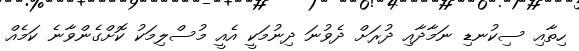
ހިތާއި ސިކުނޑި ނަމާދާއި ދުރަށް ދެވުނަ ދިނުމަކީ އެއީ މުސްލިމަކު ކޮށްގެންވާނެ ކަމެއް